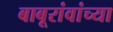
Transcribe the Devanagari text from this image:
बाबूरांवांच्या